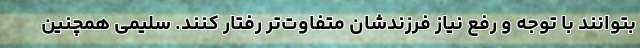
بتوانند با توجه و رفع نیاز فرزندشان متفاوت‌تر رفتار کنند. سلیمی همچنین